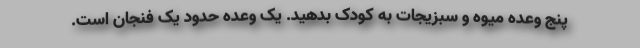
پنج وعده میوه و سبزیجات به کودک بدهید. یک وعده حدود یک فنجان است.